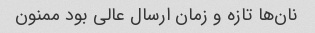
نان‌ها تازه و زمان ارسال عالی بود ممنون